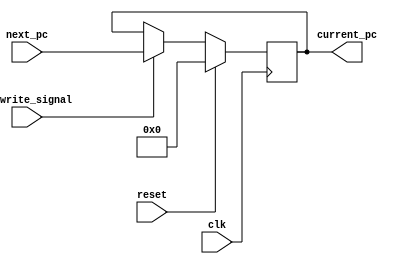
module PC(
    input reset,
    input clk,
    input [31:0] next_pc,
    input pc_write_signal,
    output reg [31:0] current_pc
    );

    always @(posedge clk) begin
        if (reset) begin
            current_pc <= 32'b0;
        end
        else begin
            if(pc_write_signal) begin
                current_pc <= next_pc; 
            end
        end
    end



endmodule